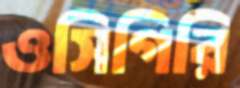
ওসিগিরি